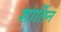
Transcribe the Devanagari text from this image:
शार्लिन